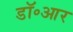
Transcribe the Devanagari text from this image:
डॉ॰आर